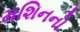
મશિનનો